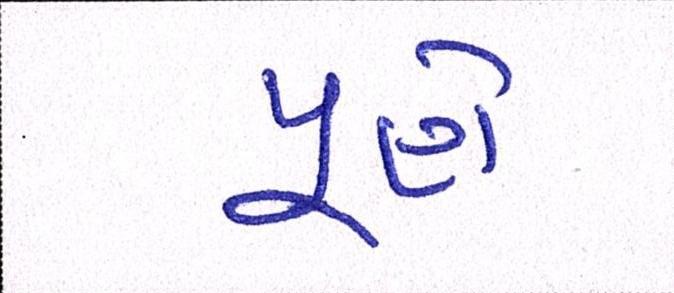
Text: પૂણે